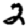
Digit: 2